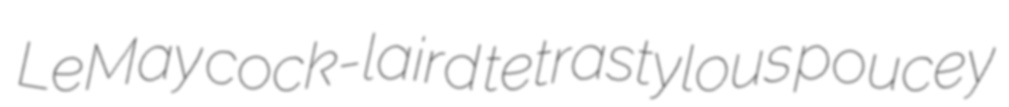
LeMay cock-laird tetrastylous poucey